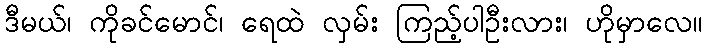
ဒီမယ်၊ ကိုခင်မောင်၊ ရေထဲ လှမ်း ကြည့်ပါဦးလား၊ ဟိုမှာလေ။